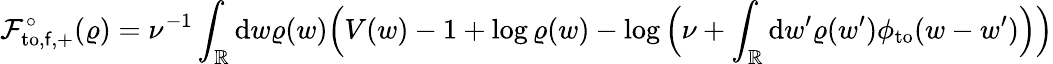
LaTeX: \mathcal{F}_{\mathrm{to},\mathsf{f},+}^{\circ}(\varrho)=\nu^{-1}\int_{\mathbb{R}}\mathrm{d}w\varrho(w)\Big(V(w)-1+\log\varrho(w)-\log\Big(\nu+\int_{\mathbb{R}}\mathrm{d}w^{\prime}\varrho(w^{\prime})\phi_{\mathrm{to}}(w-w^{\prime})\Big)\Big)